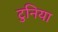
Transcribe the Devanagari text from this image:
टुनिया